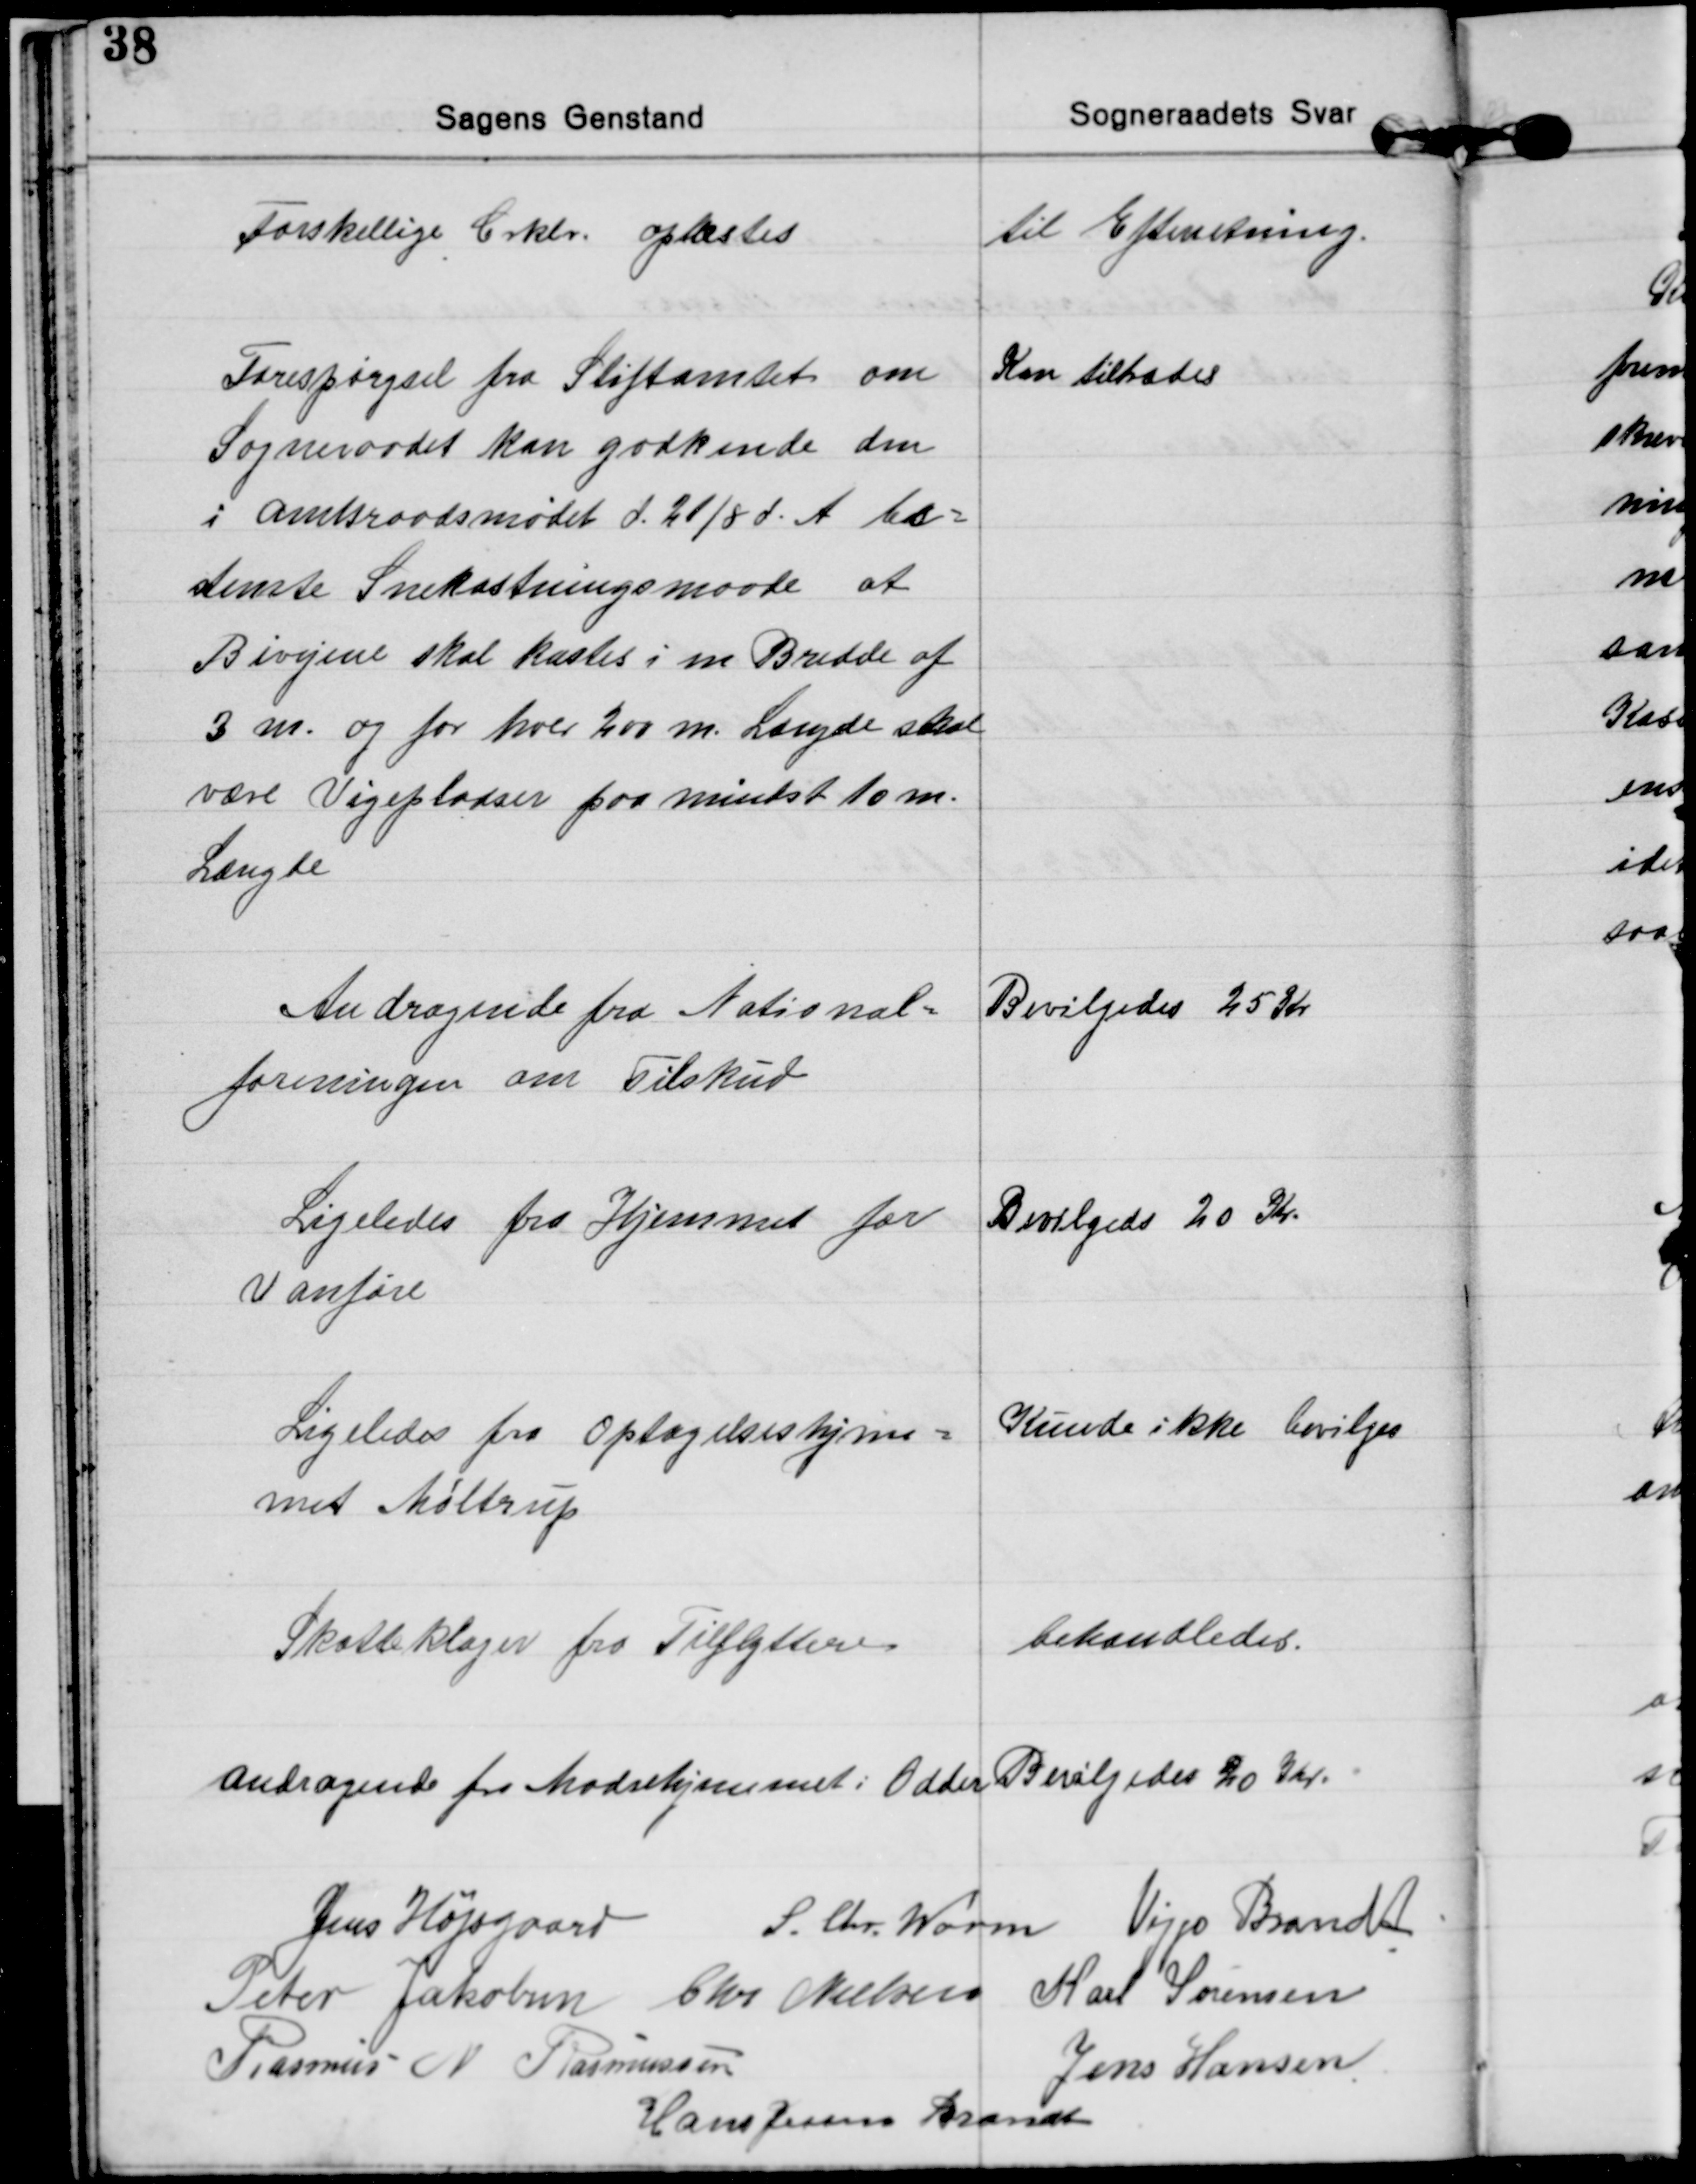
Transskription:
Forskellige Crklr. oplæstes
til Efterretning.

Forespørgsel fra Stiftamtet om
Sogneraadet kan godkende den
i Amtsraadsmødet d. 21/8 d. A. be=
stemte Snekastningsmaade at
Bivejene skal kastes i en Bredde af
3 m. og for hver 200 m. Længde skal
være Vigepladser paa mindst 10 m.
Længde
Kan tiltrædes

Andragende fra National=
foreningen om Tilskud
Bevilgedes 25 Kr.

Ligeledes fra Hjemmet for
Vanføre
Bevilgedes 20 Kr.

Ligeledes fra Optagelseshjem=
met Møltrup
Kunde ikke bevilges

Skatteklager fra Tilflyttere
behandledes.

Andragende fra Mødrehjemmet i Odder
Bevilgedes 20 Kr.

Jens Højsgaard S. Chr. Worm Viggo Brandt
Peter Jakobsen Chr. Nielsen Karl Sørensen
Rasmus N. Rasmussen
Jens Hansen
Hans Jessen Brandt